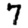
Digit: 7